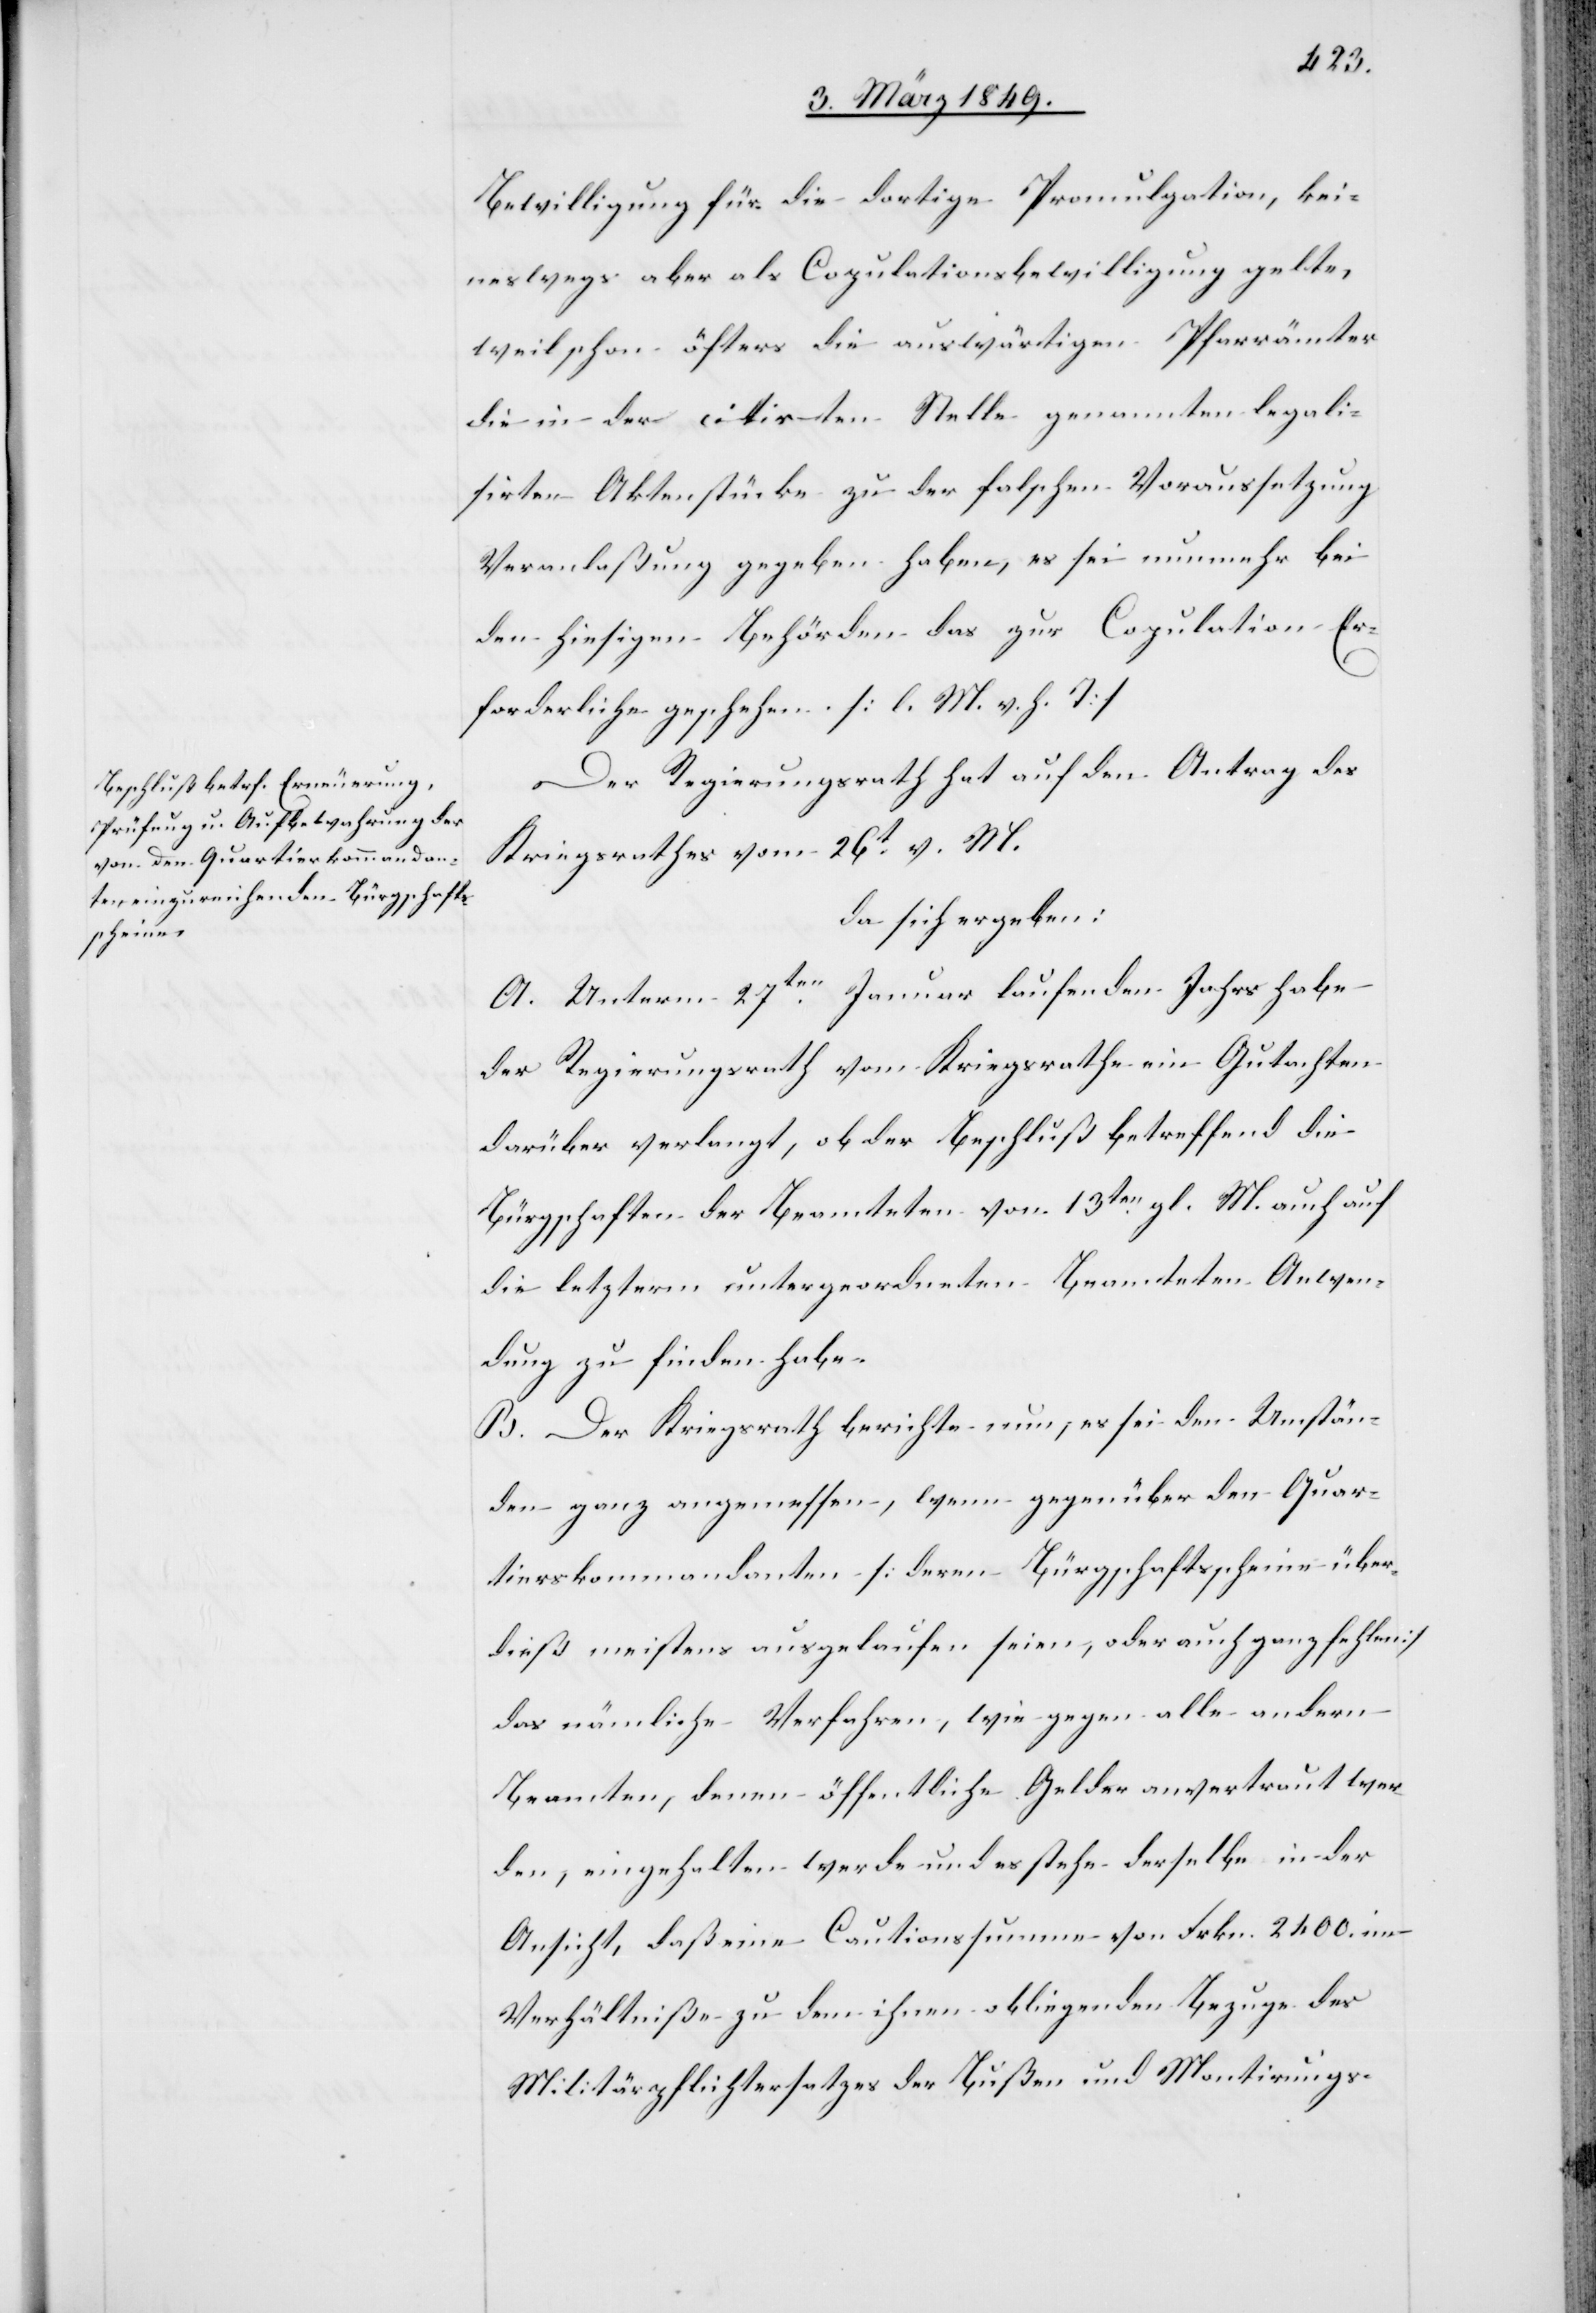
Bewilligung für die dortige Promulgation, kei¬
neswegs aber als Copulationsbewilligung gelte,
weil schon öfters die auswärtigen Pfarrämter
die in der citirten Stelle genannten legali¬
sirten Aktenstücke zu der falschen Voraussetzung
Veranlaßung gegeben haben, es sei nunmehr bei
den hiesigen Behörden das zur Copulation Er¬
forderliche geschehen. [l. M. v. h. T]
Der Regierungsrath hat auf den Antrag des
Kriegsrathes vom 26t. v. M.
da sich ergeben:
A. Unterm 27ten. Januar laufenden Jahrs habe
der Regierungsrath vom Kriegsrathe ein Gutachten
darüber verlangt, ob der Beschluß betreffend die
Bürgschaften der Beamteten von [sic!] 13ten. gl. M. auch auf
die letzterm untergeordneten Beamteten Anwen¬
dung zu finden habe.
B. Der Kriegsrath berichte nun, es sei den Umstän¬
den ganz angemessen, wenn gegenüber den Quar¬
tierskommandanten [deren Bürgschaftsscheine über¬
dieß meistens ausgelaufen seien, oder auch ganz fehlen]
das nämliche Verfahren, wie gegen alle andern
Beamten, denen öffentliche Gelder anvertraut wer¬
den, eingehalten werde und es stehe derselbe in der
Ansicht, daß eine Cautionssumme von Frkn. 2400. im
Verhältniße zu dem ihnen obliegenden Bezuge des
Militärpflichtersatzes der Bußen und Montirungs-